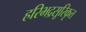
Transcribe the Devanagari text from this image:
हरिभद्रसूरिकृत